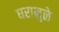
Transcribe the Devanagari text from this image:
घरामुळे